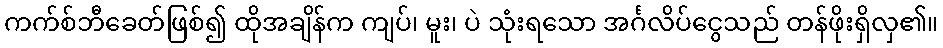
ကက်စ်ဘီခေတ်ဖြစ်၍ ထိုအချိန်က ကျပ်၊ မူး၊ ပဲ သုံးရသော အင်္ဂလိပ်ငွေသည် တန်ဖိုးရှိလှ၏။